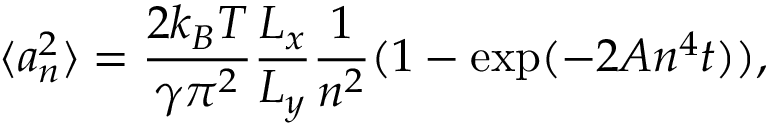
\langle a _ { n } ^ { 2 } \rangle = \frac { 2 k _ { B } T } { \gamma \pi ^ { 2 } } \frac { L _ { x } } { L _ { y } } \frac { 1 } { n ^ { 2 } } ( 1 - \exp ( - 2 A n ^ { 4 } t ) ) ,